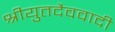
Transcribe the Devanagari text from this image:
श्रीयुतदैववादी